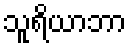
သူရိယာဘာ